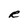
Character: R